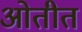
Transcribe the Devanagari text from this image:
ओतीत